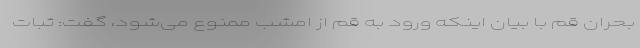
بحران قم با بیان اینکه ‌ورود به قم از امشب ممنوع می‌شود، گفت: ثبات